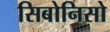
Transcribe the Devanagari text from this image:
सिबोनिसो